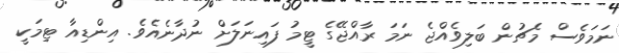
ނަމަވެސް މެޗުން ބަލިވެއްޖެ ނަމަ ރާއްޖޭގެ ޓީމު ފައިނަލަށް ނުދާނެއެވެ. އިންޑިއާ ޓިމަކީ